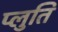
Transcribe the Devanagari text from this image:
प्लुति